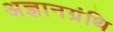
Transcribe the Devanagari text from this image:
अज्ञानग्रंथि